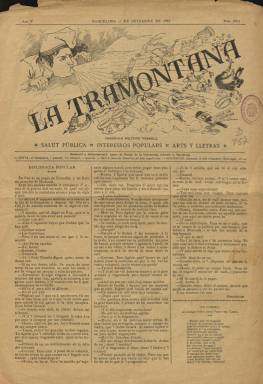
Título: La Tramontana (Barcelona. 1881)
Colección: Anarquismo || Revistas satíricas y humorísticas
Ámbito geográfico: Barcelona
Lugar de publicación: Barcelona
Fechas: 05/09/1885-05/09/1885

Primer periódico ácrata escrito en catalán y de más larga vida del siglo diecinueve entre los de su carácter ideológico. Comenzó a publicarse el 16 de febrero de 1881, dirigido por el tipógrafo y carismático líder anarco-colectivista Josep Llunas i Pujals (1852-1905), que usará el seudónimo Lo Dimoni Gros, quien el año anterior había dirigido, también en Barcelona, La Teula y La Teula barcelonina, del mismo signo político. Su primer propietario será Evarist Ullastres, que también lo era de la Tipografía La Academia, en donde era estampado. Sus entregas son en gran formato, de cuatro páginas, compuestas a tres columnas, no faltándole grabado en casi ninguna de ellas. Tras el fallecimiento de Ullastres, en enero de 1887, La Tramontana pasó a ser propiedad de Llunas.

Inserta textos en prosa y en verso, tanto doctrinales como de naturaleza satírica y humorística, escritos estos en un lenguaje coloquial. Su cabecera va inserta en un grabado en el que aparece una alegoría con la cabeza de un gigante con barretina soplando y barriendo lo que considera los males de la sociedad: clericalismo, militarismo, capitalismo o burguesía. El subtítulo –periódich polítch vermell [rojo]- va acompañado de las leyendas salut pública, interessos populars y arts y lletras.

Tanto el director como el semanario representan una amalgama de elementos ideológicos avanzados en los que confluyen el anticlericalismo, el republicanismo federal, el librepensamiento, la masonería, el anarquismo colectivista y el catalanismo popular y progresista. Combina y compatibiliza el nacionalismo catalán –se defenderá de la acusación de separatista- con el internacionalismo bakunista y el obrerismo, apostando por la defensa del anti-apoliticismo. Es considerado como el semanario barcelonés “de más tradición revolucionaria”.

Tanto Llunas como el resto de sus redactores y colaboradores pertenecían a la clase obrera, entre los que se encontraron los también tipógrafos Eduald Canivell (1858-1928) y Emili Guanyavents (1860-1941), así como Anselmo Lorenzo (1841-1914) y Cels Gomis (1841-1915), aunque este de forma solo nominal. El semanario sufrirá numerosas denuncias, sanciones y suspensiones, en concreto desde diciembre de 1893 a enero de 1895, así como el encarcelamiento de sus redactores. Publica la entrega 717 y última el 12 de julio de 1896, quedando suspendido el periódico y encarcelado su director.

En la colección digitalizada de la Biblioteca Nacional de España solo se encuentra el número 221 de este título, correspondiente al su quinto año de edición y once de septiembre de 1885, ocupando enteramente su cuarta plana diversos chistes gráficos.

Existe una edición facsímil (1990) del número extraordinario (422) del 14 de julio de 1889, dedicado a conmemorar el centenario de la revolución francesa de 1789.

También editó, desde 1888 a 1896, un Almanach, con ilustraciones en color.

Bibliografía de referencia sobre este semanario y su director son los trabajos de Olivé i Serret (1984) y Vicente i Izquierdo (1994 y 1999). La digitalización completa del semanario La Tramontana y de sus almanaques, a cargo de Jordi Martí Font, se encuentra en la web del Centre de Lectura de Reus.